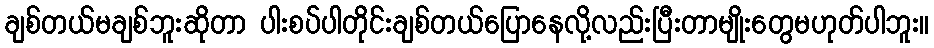
ချစ်တယ်မချစ်ဘူးဆိုတာ ပါးစပ်ပါတိုင်းချစ်တယ်ပြောနေလို့လည်းပြီးတာမျိုးတွေမဟုတ်ပါဘူး။